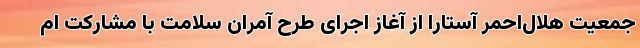
جمعیت هلال‌احمر آستارا از آغاز اجرای طرح آمران سلامت با مشارکت ام